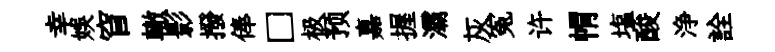
幸娱窅轍影撥俸□极预嘉握灞灰寃许㡌塩酸浄詮